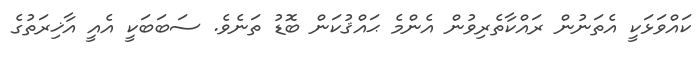
ކައްވަޅަކީ އެތަނުން ރައްކާތެރިވުން އެންމެ ޙައްޤުކަން ބޮޑު ތަނެވެ. ސަބަބަކީ އެއީ އާޚިރަތުގެ